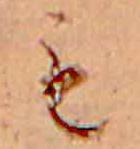
も